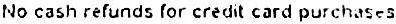
NO CASH REFUNDS FOR CREDIT CARD PURCHASES